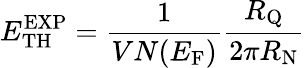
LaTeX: E_{\mathrm{TH}}^{\mathrm{EXP}}=\frac{1}{VN(E_{\mathrm{F}})}\frac{R_{\mathrm{Q}}}{2\pi R_{\mathrm{N}}}